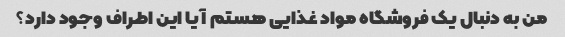
من به دنبال یک فروشگاه مواد غذایی هستم آیا این اطراف وجود دارد؟